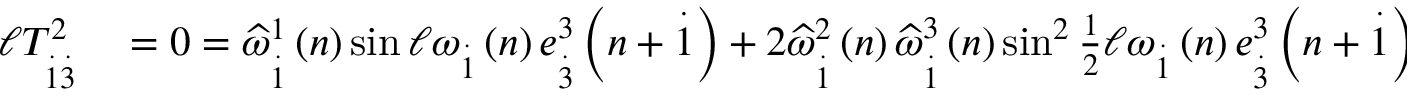
\begin{array} { r l } { \mathcal { \ell } T _ { \overset { . } { 1 } \overset { . } { 3 } } ^ { 2 } } & { { } = 0 = \widehat { \omega } _ { \overset { . } { 1 } } ^ { 1 } \left( n \right) \sin \mathcal { \ell } \omega _ { \overset { . } { 1 } } \left( n \right) e _ { \overset { . } { 3 } } ^ { 3 } \left( n + \overset { . } { 1 } \right) + 2 \widehat { \omega } _ { \overset { . } { 1 } } ^ { 2 } \left( n \right) \widehat { \omega } _ { \overset { . } { 1 } } ^ { 3 } \left( n \right) \sin ^ { 2 } \frac { 1 } { 2 } \mathcal { \ell } \omega _ { \overset { . } { 1 } } \left( n \right) e _ { \overset { . } { 3 } } ^ { 3 } \left( n + \overset { . } { 1 } \right) } \end{array}